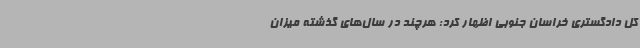
کل دادگستری خراسان‌ جنوبی اظهار کرد: هرچند در سال‌های گذشته میزان